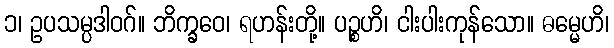
၁၊ ဥပသမ္ပဒါဝဂ်။ ဘိက္ခဝေ၊ ရဟန်းတို့။ ပဉ္စဟိ၊ ငါးပါးကုန်သော။ ဓမ္မေဟိ၊